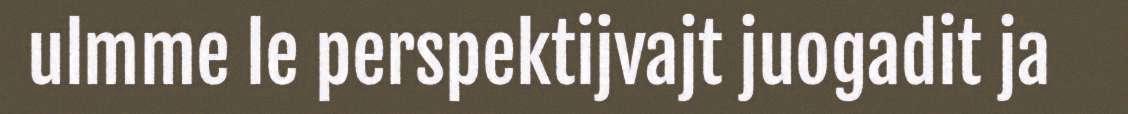
ulmme le perspektijvajt juogadit ja